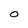
Character: O